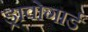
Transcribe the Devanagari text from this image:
ड्रावोगार्ड